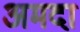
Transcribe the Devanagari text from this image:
अमदा